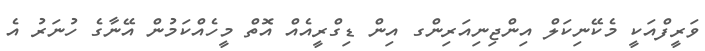
ވަރީފްއަކީ މެކޭނިކަލް އިންޖިނިއަރިންގ އިން ޑިގްރީއެއް އޮތް މީހެއްކަމުން އޭނާގެ ހުނަރު އެ